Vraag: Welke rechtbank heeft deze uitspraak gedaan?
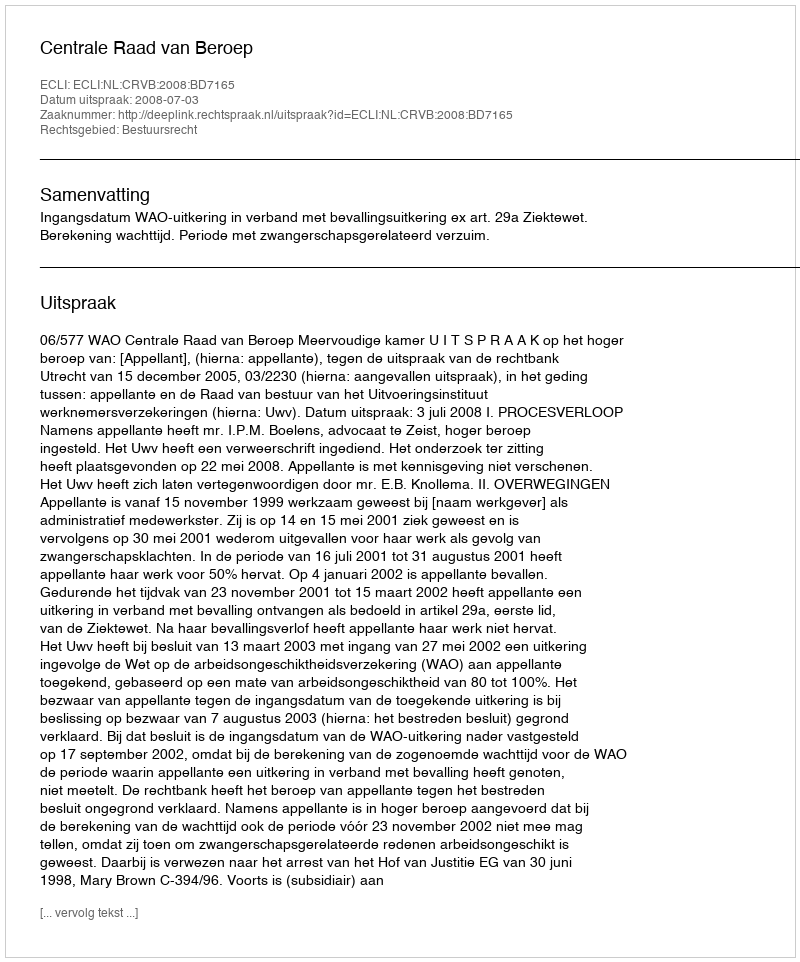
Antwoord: Centrale Raad van Beroep